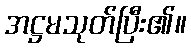
အဋ္ဌမသုတ်ပြီး၏။